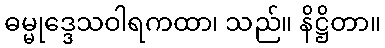
ဓမ္မုဒ္ဒေသဝါရကထာ၊ သည်။ နိဋ္ဌိတာ။